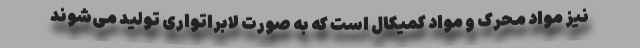
نیز مواد محرک و مواد کمیکال است که به صورت لابراتواری تولید می‌شوند